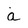
Character: a